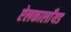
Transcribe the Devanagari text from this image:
ऐलकालाँयड